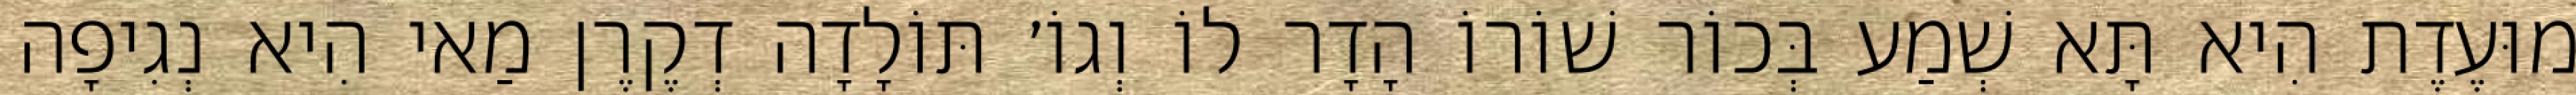
מוּעֶדֶת הִיא תָּא שְׁמַע בְּכוֹר שׁוֹרוֹ הָדָר לוֹ וְגוֹ׳ תּוֹלָדָה דְקֶרֶן מַאי הִיא נְגִיפָה